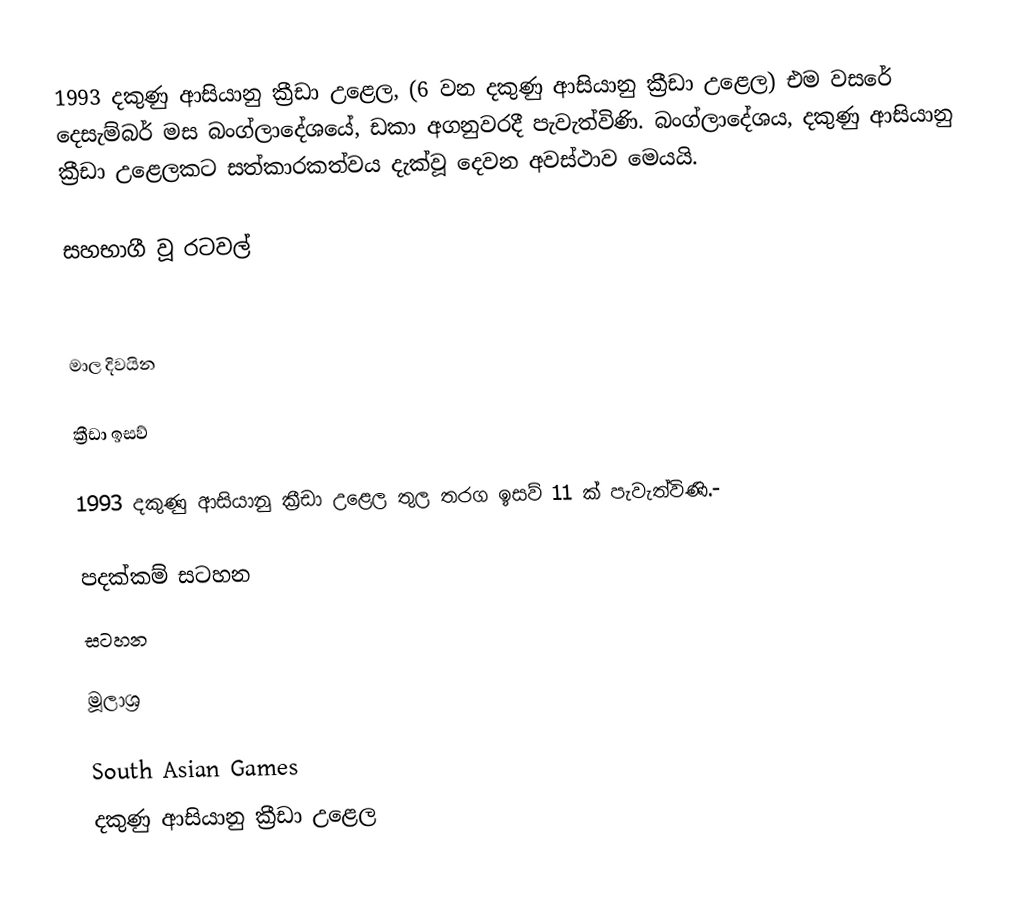
1993 දකුණු ආසියානු ක්‍රීඩා උළෙල, (6 වන දකුණු ආසියානු ක්‍රීඩා උළෙල) එම වසරේ දෙසැම්බර් මස බංග්ලාදේශයේ, ඩකා අගනුවරදී පැවැත්විණි. බංග්ලාදේශය, දකුණු ආසියානු ක්‍රීඩා උළෙලකට සත්කාරකත්වය දැක්වූ දෙවන අවස්ථාව මෙයයි.

සහභාගී වූ රටවල්

 මාල දිවයින

ක්‍රීඩා ඉසව්

1993 දකුණු ආසියානු ක්‍රීඩා උළෙල තුල තරග ඉසව් 11 ක් පැවැත්විණි.-

පදක්කම් සටහන
සටහන

මූලාශ්‍ර

South Asian Games
දකුණු ආසියානු ක්‍රීඩා උළෙල